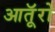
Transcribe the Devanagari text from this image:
आतूॅरो